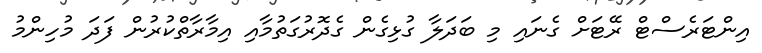
އިންޓަރެސްޓް ރޭޓަށް ގެނައި މި ބަދަލާ ގުޅިގެން ގެދޮރުގަތުމާއި އިމާރާތްކުރުން ފަދަ މުހިންމު